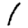
Digit: 1